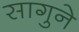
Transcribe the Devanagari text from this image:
सागुने